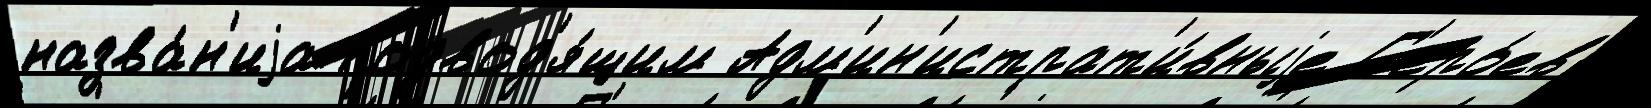
назва́н'иjа подвод'я́щим Адм'ин'истрат'и́вныjе Г'еро́ев